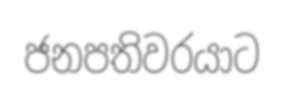
ජනපතිවරයාට